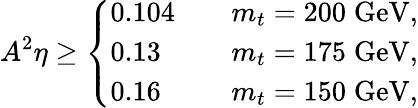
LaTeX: A^{2}\eta\geq\left\{ \begin{array}{ll}{{0.104\quad}}&{{m_{t}=200\; \mathrm{GeV},}}\\ {{0.13}}&{{m_{t}=175\; \mathrm{GeV},}}\\ {{0.16}}&{{m_{t}=150\; \mathrm{GeV},}}\end{array}\right.